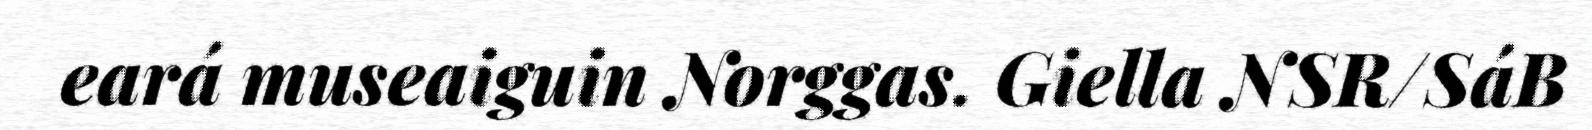
eará museaiguin Norggas. Giella NSR/SáB